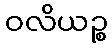
ဝလိယဉ္စ